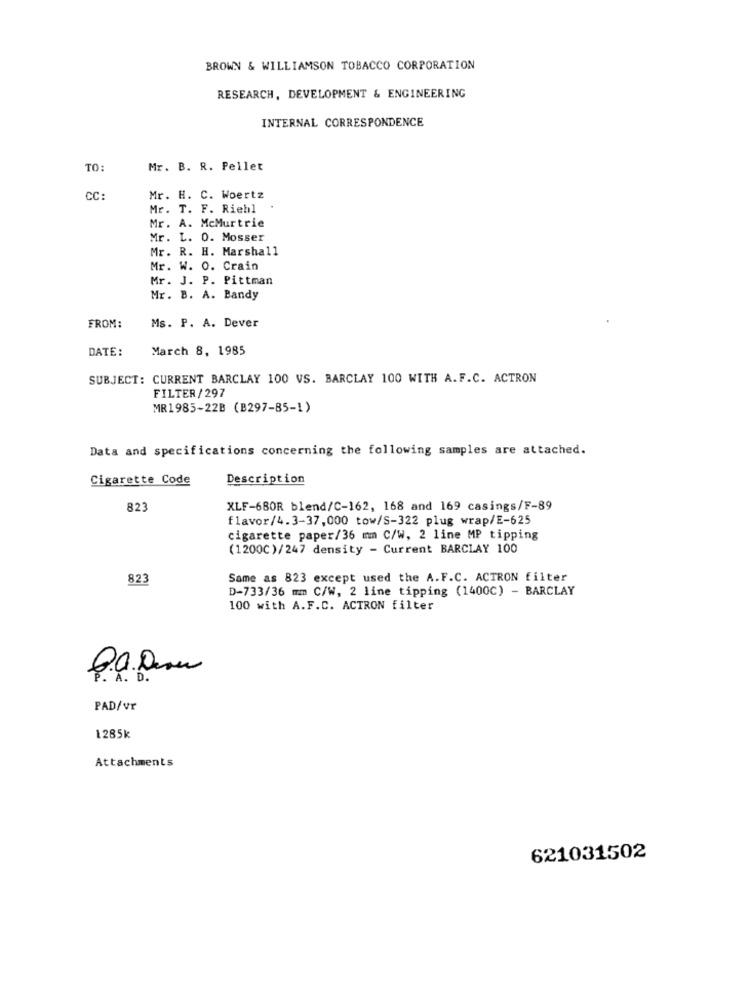
BROWN & WILLIAMSON TOBACCO CORPORATION
RESEARCH, DEVELOPMENT & ENGINEERING
INTERNAL CORRESPONDENCE
TO:
Mr. B. R. Pellet
CC:
Mr. H. C. Woertz
Mr. T. F. Riehl
Mr. A. McMurtrie
Mr. L. O. Mosser
Mr. R. H. Marshall
Mr. W. O. Crain
Mr. J. P. Pittman
Mr. B. A. Bandy
FROM:
Ms. P. A. Dever
DATE:
March 8, 1985
SUBJECT: CURRENT BARCLAY 100 VS. BARCLAY 100 WITH A. F.C. ACTRON
FILTER/297
MR1985-22B (B297-85-1)
Data and specifications concerning the following samples are attached.
Cigarette Code
Description
823
XLF-680R blend/C-162, 168 and 169 casings/F-89
flavor/4.3-37, 000 tow/S-322 plug wrap/E-625
cigarette paper/36 mm C/W, 2 line MP tipping
(1200℃)/247 density - Current BARCLAY 100
823
Same as 823 except used the A.F.C. ACTRON filter
D-733/36 mm C/W, 2 line tipping (1400C) - BARCLAY
100 with A.F.C. ACTRON filter
PAD/vr
1285k
Attachments
621031502